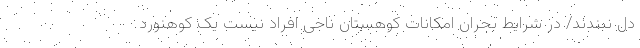
دل نبندند/ در شرایط بحران امکانات کوهستان ناجی افراد نیست یک کوهنورد